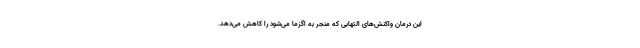
این درمان واکنش‌های التهابی که منجر به اگزما می‌شود را کاهش می‌دهد.